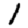
Digit: 1